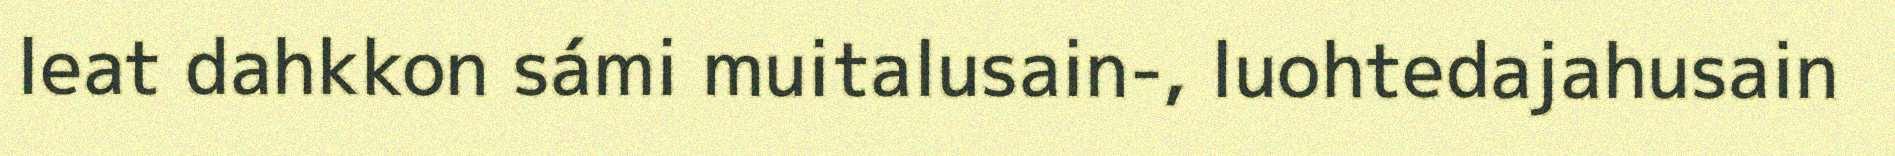
leat dahkkon sámi muitalusain-, luohtedajahusain